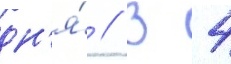
дн'я́ // В 4